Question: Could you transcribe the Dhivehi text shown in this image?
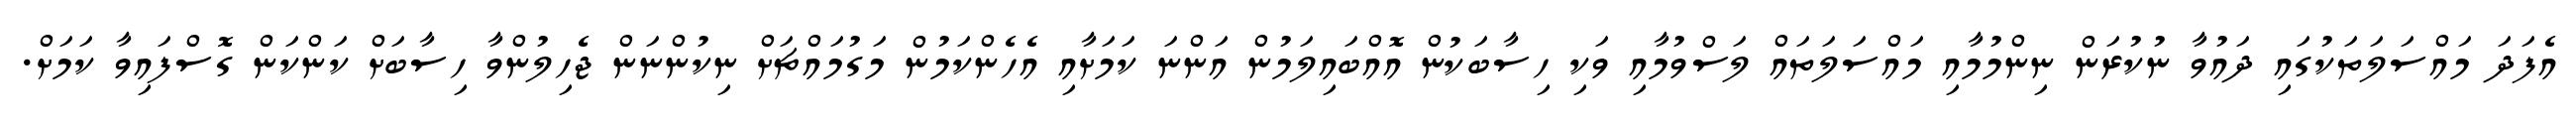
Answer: އެފަދަ މައްސަލަތަކުގައި ދައުވާ ނުކުރަން ނިންމުމާއި މައްސަލަތައް ލަސްވުމާއި ވަކި ހިސާބަކުން އޮއްބައިލަމުން އަންނަ ކަމަށާއި އެހެންކަމުން މަގުމައްޗަށް ނިކުންނަން ޖެހިލުންވާ ހިސާބަށް ކަންކަން ގޮސްފައިވާ ކަމަށް.